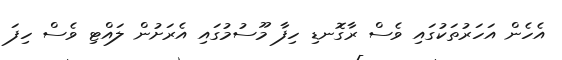
އެހެން އަހަރުތަކުގައި ވެސް ރާގޮނޑި ހިފާ މޫސުމުގައި އެރަށުން ލައްޓި ވެސް ހިފަ